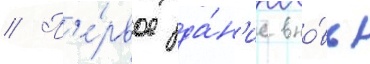
// П'е́рвое зда́н'ие вно́вь